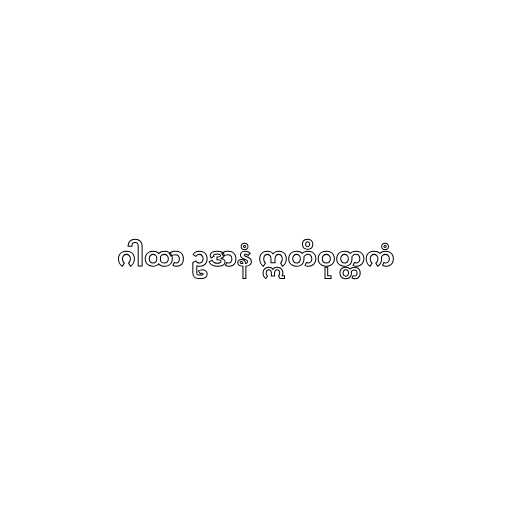
ဂါထာ ဥဒာနံ ဣတိဝုတ္တကံ